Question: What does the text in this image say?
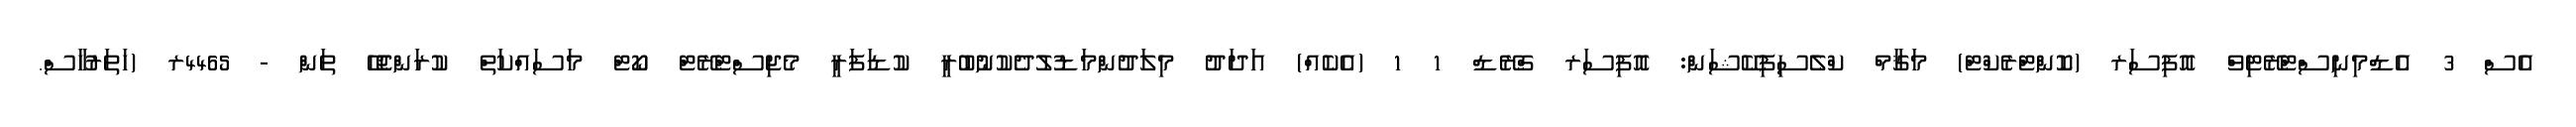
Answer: އެސް 3 އެޑްމިނިސްޓްރޭޓިވް އޮފިސަރ (ކޮންޓްރެކްޓް) މަޤާމް ކްލެސިފިކޭޝަން: އޮފިސަރ ގްރޭޑް 1 1 (އެކެއް) އަދަދު މިލަދުންމަޑުލުދެކުނުބުރީ ކުޑަފަރީ މެޖިސްޓްރޭޓް ކޯޓް މަސައްކަތް ކުރަންޖެހޭ ތަން - 4465ރ (ހަތަރުހާސް.